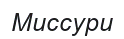
Миссури